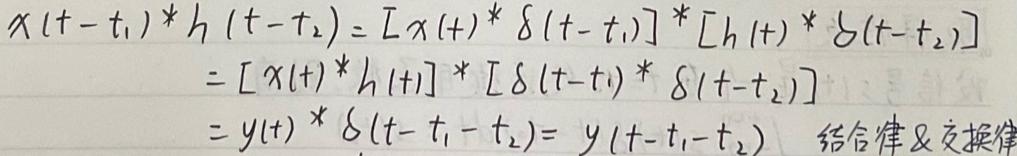
\[
\begin{align*}
x(t - t_1) * h(t - t_2) &= [x(t) * \delta(t - t_1)] * [h(t) * \delta(t - t_2)]\\
&= [x(t) * h(t)] * [\delta(t - t_1) * \delta(t - t_2)]\\
&= y(t) * \delta(t - t_1 - t_2) = y(t - t_1 - t_2) \quad \text{结合律 \& 交换律}
\end{align*}
\]